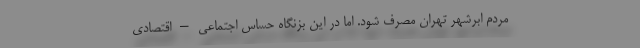
مردم ابرشهر تهران مصرف شود. اما در اين بزنگاه حساس اجتماعي – اقتصادي